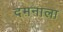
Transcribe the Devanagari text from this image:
दमनाला